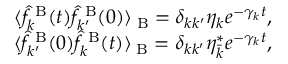
\begin{array} { r } { \langle \hat { f } _ { k } ^ { \mathrm { \tiny ~ B } } ( t ) \hat { f } _ { k ^ { \prime } } ^ { \mathrm { \tiny ~ B } } ( 0 ) \rangle _ { \mathrm { \tiny ~ B } } = \delta _ { k k ^ { \prime } } \eta _ { k } e ^ { - \gamma _ { k } t } , } \\ { \langle \hat { f } _ { k ^ { \prime } } ^ { \mathrm { \tiny ~ B } } ( 0 ) \hat { f } _ { k } ^ { \mathrm { \tiny ~ B } } ( t ) \rangle _ { \mathrm { \tiny ~ B } } = \delta _ { k k ^ { \prime } } \eta _ { \bar { k } } ^ { \ast } e ^ { - \gamma _ { k } t } , } \end{array}